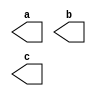
`timescale 1ns / 1ps
//////////////////////////////////////////////////////////////////////////////////
// Company: 
// Engineer: 
// 
// Design Name: 
// Module Name:    clock_gen 
// Project Name: 
// Target Devices: 
// Tool versions: 
// Description: 
//
// Dependencies: 
//
// Revision: 
// Revision 0.01 - File Created
// Additional Comments: 
//
//////////////////////////////////////////////////////////////////////////////////
module waitstatement(a,b,c);
output a,b,c;
reg a,b,c;
	initial begin
		// Initialize Inputs
		 a = 0; b = 0; c = 0;
	 end
	 
	always begin
		#10 ; a = ~ a; 
	end
	 
	always begin
		#20 b = ~ b;
	end

	always #40 c = ~ c; 

endmodule